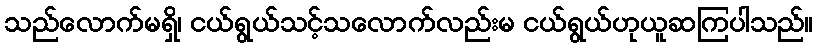
သည်လောက်မရှိ၊ ငယ်ရွယ်သင့်သလောက်လည်းမ ငယ်ရွယ်ဟုယူဆကြပါသည်။